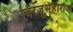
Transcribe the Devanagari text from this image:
बिरजूमहाराज